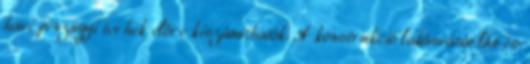
havi pénzügyi terhek előre kiszámíthatók. A konstrukció lakásvásárlás és